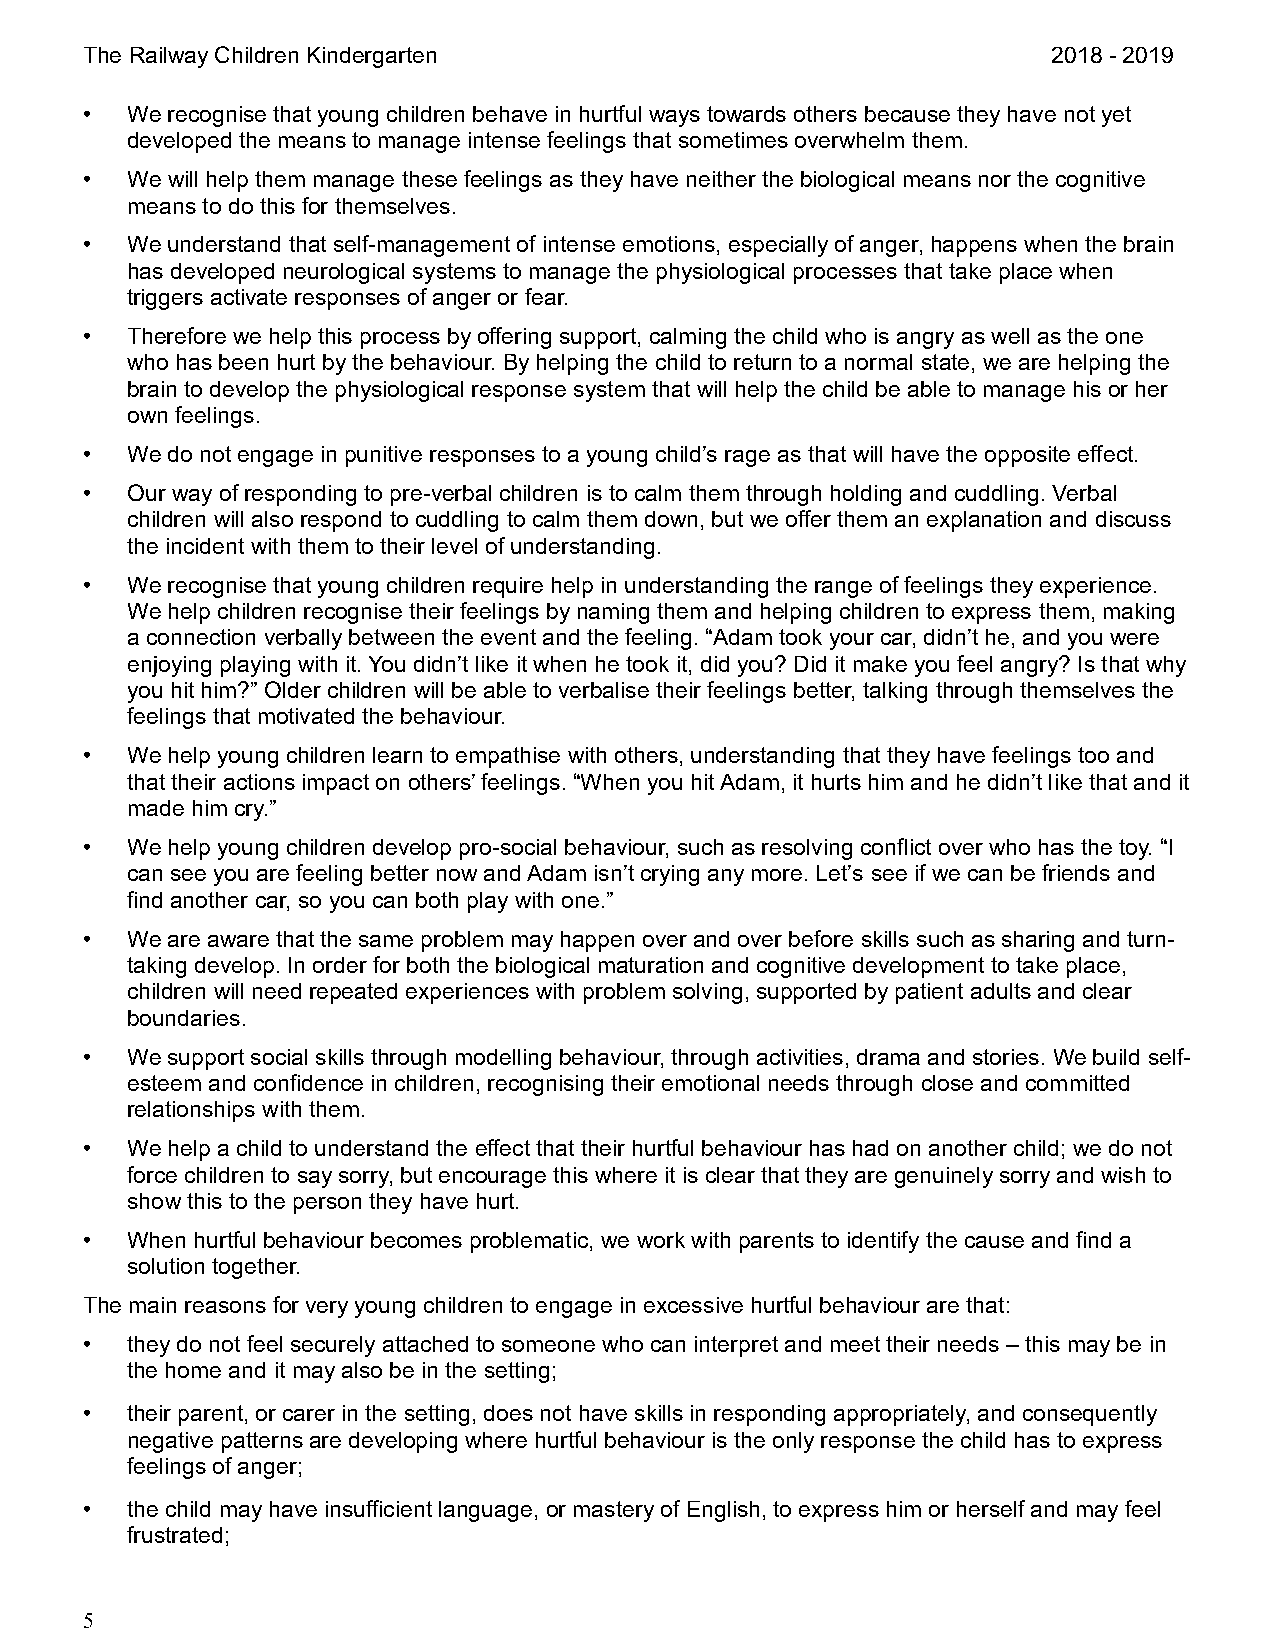
The Railway Children Kindergarten                                2018 - 2019
 •  We recognise that young children behave in hurtful ways towards others because they have not yet
 developed the means to manage intense feelings that sometimes overwhelm them.
 •  We will help them manage these feelings as they have neither the biological means nor the cognitive
 means to do this for themselves.
 •  We understand that self-management of intense emotions, especially of anger, happens when the brain
 has developed neurological systems to manage the physiological processes that take place when
 triggers activate responses of anger or fear.
 •  Therefore we help this process by offering support, calming the child who is angry as well as the one
 who has been hurt by the behaviour. By helping the child to return to a normal state, we are helping the
 brain to develop the physiological response system that will help the child be able to manage his or her
 own feelings.
 •  We do not engage in punitive responses to a young child’s rage as that will have the opposite effect.
 •  Our way of responding to pre-verbal children is to calm them through holding and cuddling. Verbal
 children will also respond to cuddling to calm them down, but we offer them an explanation and discuss
 the incident with them to their level of understanding.
 •  We recognise that young children require help in understanding the range of feelings they experience.
 We help children recognise their feelings by naming them and helping children to express them, making
 a connection verbally between the event and the feeling. “Adam took your car, didn’t he, and you were
 enjoying playing with it. You didn’t like it when he took it, did you? Did it make you feel angry? Is that why
 you hit him?” Older children will be able to verbalise their feelings better, talking through themselves the
 feelings that motivated the behaviour.
 •  We help young children learn to empathise with others, understanding that they have feelings too and
 that their actions impact on others’ feelings. “When you hit Adam, it hurts him and he didn’t like that and it
 made him cry.”
 •  We help young children develop pro-social behaviour, such as resolving conflict over who has the toy. “I
 can see you are feeling better now and Adam isn’t crying any more. Let’s see if we can be friends and
 find another car, so you can both play with one.”
 •  We are aware that the same problem may happen over and over before skills such as sharing and turn-
 taking develop. In order for both the biological maturation and cognitive development to take place,
 children will need repeated experiences with problem solving, supported by patient adults and clear
 boundaries.
 •  We support social skills through modelling behaviour, through activities, drama and stories. We build self-
 esteem and confidence in children, recognising their emotional needs through close and committed
 relationships with them.
 •  We help a child to understand the effect that their hurtful behaviour has had on another child; we do not
 force children to say sorry, but encourage this where it is clear that they are genuinely sorry and wish to
 show this to the person they have hurt.
 •  When hurtful behaviour becomes problematic, we work with parents to identify the cause and find a
 solution together.
 The main reasons for very young children to engage in excessive hurtful behaviour are that:
 •  they do not feel securely attached to someone who can interpret and meet their needs – this may be in
 the home and it may also be in the setting;
 •  their parent, or carer in the setting, does not have skills in responding appropriately, and consequently
 negative patterns are developing where hurtful behaviour is the only response the child has to express
 feelings of anger;
 •  the child may have insufficient language, or mastery of English, to express him or herself and may feel
 frustrated;
 5